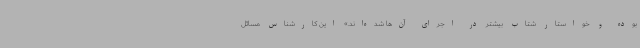
بوده و خواستار شتاب بیشتر در اجرای آن‌ها شده‌اند.» این کارشناس مسائل